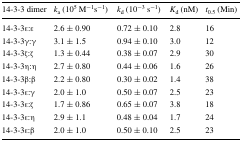
| 14-3-3 dimer | ka (105 M−1s−1) | kd (10−3 s−1) | Kd (nM) | t0.5 (Min) |
 | --- | --- | --- | --- | --- |
 | 14-3-3ε:ε | 2.6 ± 0.90 | 0.72 ± 0.10 | 2.8 | 16 |
 | 14-3-3γ:γ | 3.1 ± 1.5 | 0.94 ± 0.10 | 3.0 | 12 |
 | 14-3-3ζ:ζ | 1.3 ± 0.44 | 0.38 ± 0.07 | 2.9 | 30 |
 | 14-3-3η:η | 2.7 ± 0.80 | 0.44 ± 0.06 | 1.6 | 26 |
 | 14-3-3β:β | 2.2 ± 0.80 | 0.30 ± 0.02 | 1.4 | 38 |
 | 14-3-3ε:γ | 2.0 ± 1.0 | 0.50 ± 0.07 | 2.5 | 23 |
 | 14-3-3ε:ζ | 1.7 ± 0.86 | 0.65 ± 0.07 | 3.8 | 18 |
 | 14-3-3ε:η | 2.9 ± 1.1 | 0.48 ± 0.04 | 1.7 | 24 |
 | 14-3-3ε:β | 2.0 ± 1.0 | 0.50 ± 0.10 | 2.5 | 23 |